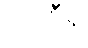
သဘီရု